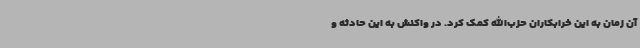
آن زمان به این خرابکاران حزب‌الله کمک کرد. در واکنش به این حادثه و